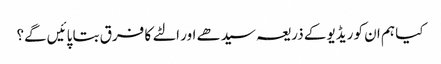
کیا ہم ان کو ریڈیو کے ذریعہ سیدھے اور الٹے کا فرق بتا پائیں گے؟